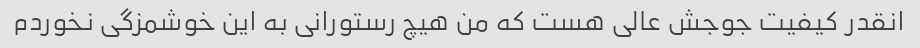
انقدر کیفیت جوجش عالی هست که من هیچ رستورانی به این خوشمزگی نخوردم